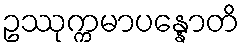
ဥဿုက္ကမာပန္နောတိ